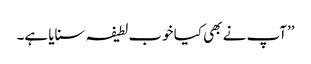
’’آپ نے بھی کیا خوب لطیفہ سنایا ہے۔